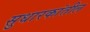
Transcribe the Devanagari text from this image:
सुधारकांतील